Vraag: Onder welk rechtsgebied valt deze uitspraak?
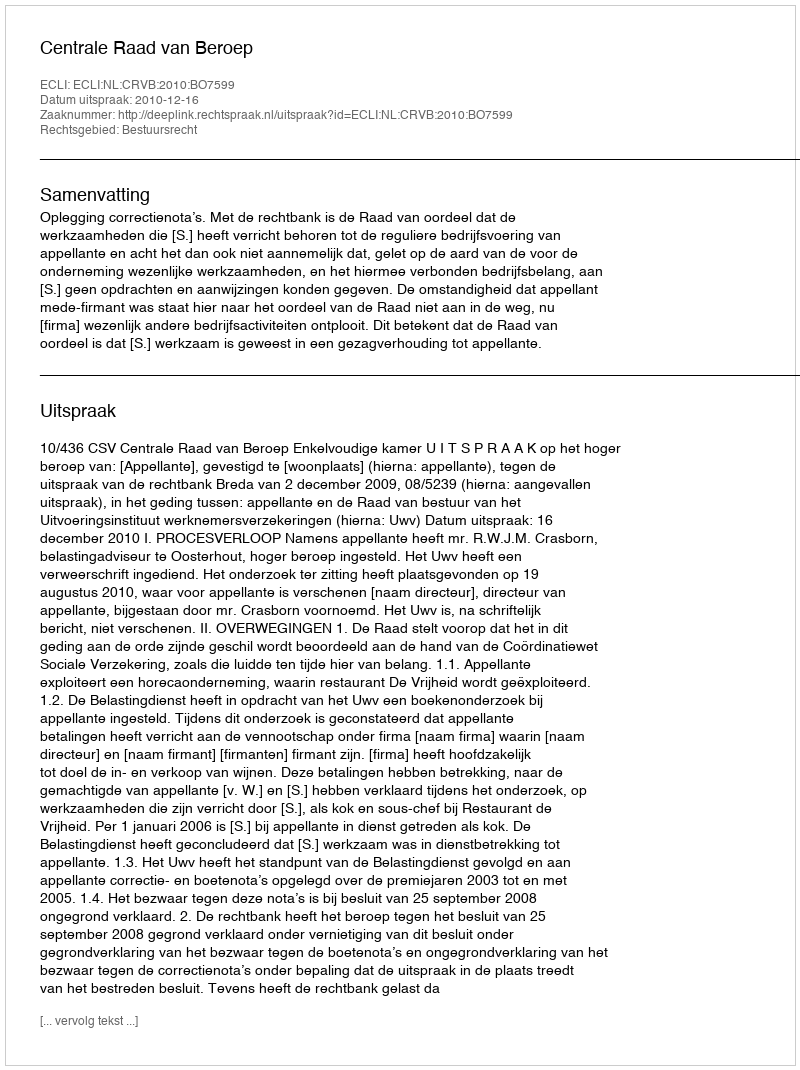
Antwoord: Bestuursrecht